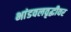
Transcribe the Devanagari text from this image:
भांडवलवृद्धीवर